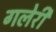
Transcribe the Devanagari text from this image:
गलेरी